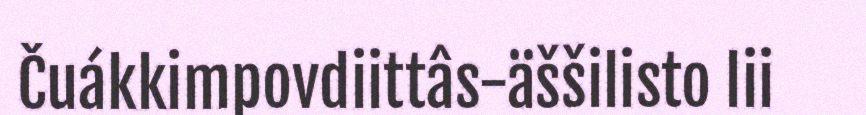
Čuákkimpovdiittâs-äššilisto lii